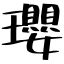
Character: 瓔